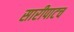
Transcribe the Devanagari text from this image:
सारीपाटच